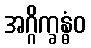
အဂ္ဂိက္ခန္ဓံဝ